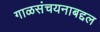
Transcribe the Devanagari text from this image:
गाळसंचयनाबद्दल